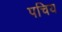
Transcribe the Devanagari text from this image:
पचिय